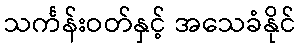
သင်္ကန်းဝတ်နှင့် အသေခံနိုင်